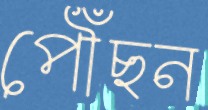
পৌঁছন